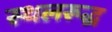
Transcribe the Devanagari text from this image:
स्थलरूद्ध